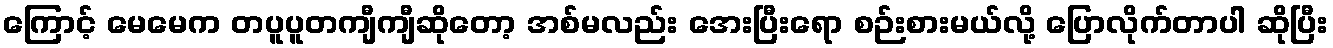
ကြောင့် မေမေက တပူပူတကျီကျီဆိုတော့ အစ်မလည်း အေးပြီးရော စဉ်းစားမယ်လို့ ပြောလိုက်တာပါ ဆိုပြီး